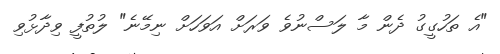
"އެ ތަހުގީގު ދެން މާ ލަސްނުވެ ވަރަށް އަވަހަށް ނިމޭނެ" ލުތުފީ ވިދާޅުވި